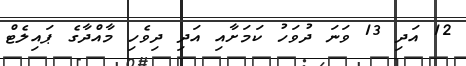
12 އަދި 13 ވަނަ ދުވަހު ކަމަށާއި އަދި ދިވެހި މާއްދާގެ ޕައިލެޓް